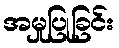
အမှုပြုခြင်း